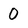
Character: O